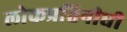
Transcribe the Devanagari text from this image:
लोकप्रतिनीधी